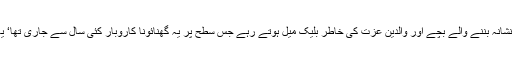
اس سکینڈل سے ملک کی بدنامی ہوئی‘ زیادتی کا نشانہ بننے والے بچے اور والدین عزت کی خاطر بلیک میل ہوتے رہے جس سطح پر یہ گھنائونا کاروبار کئی سال سے جاری تھا‘ یہ ممکن نہیں مقامی سیاست دان اس سے لاعلم ہوں۔